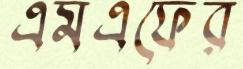
এমএফের